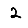
Digit: 2